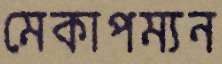
মেকাপম্যন